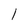
Character: l